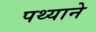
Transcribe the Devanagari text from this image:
पथ्याने